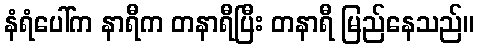
နံရံပေါ်က နာရီက တနာရီပြီး တနာရီ မြည်နေသည်။